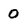
Character: O